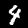
Digit: 4